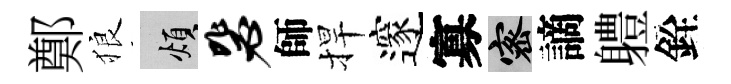
鄭狼煩毖師捍邃寡密謫軆銓